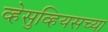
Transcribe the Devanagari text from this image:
व्हेसुव्हियसच्या